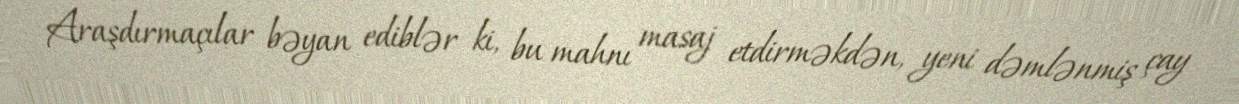
Araşdırmaçılar bəyan ediblər ki, bu mahnı masaj etdirməkdən, yeni dəmlənmiş çay